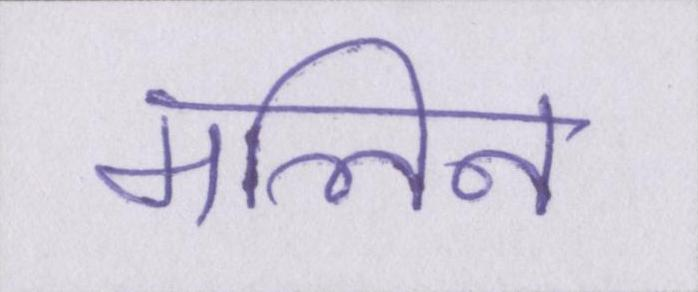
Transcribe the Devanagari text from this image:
मलिन